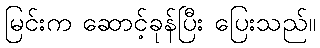
မြင်းက ဆောင့်ခုန်ပြီး ပြေးသည်။